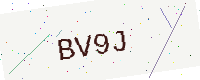
Text: BV9J